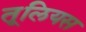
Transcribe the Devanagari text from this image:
तूलियस